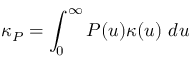
\kappa _ { P } = \int _ { 0 } ^ { \infty } P ( u ) \kappa ( u ) ~ d u